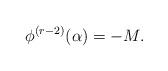
LaTeX: \begin{align*}\phi^{(r-2)}(\alpha) = -M.\end{align*}